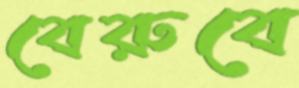
বেরুবে